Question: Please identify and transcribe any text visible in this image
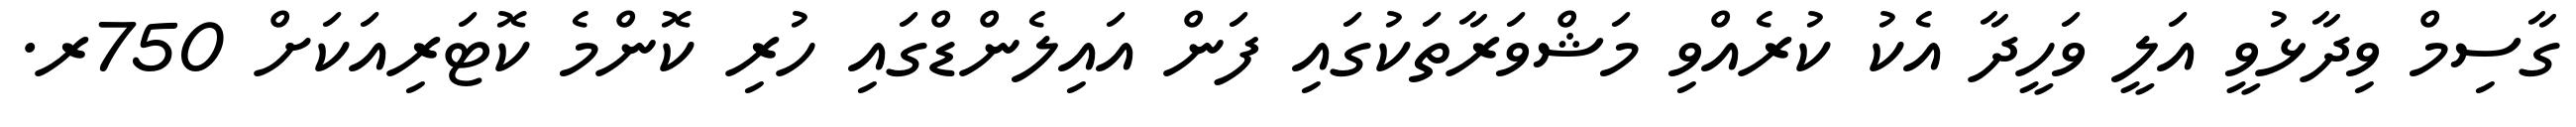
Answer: ގާސިމް ވިދާޅުވީ އަލީ ވަހީދާ އެކު ކުރެއްވި މަޝްވަރާތަކުގައި ފަން އައިލެންޑްގައި ހުރި ކޮންމެ ކޮޓަރިއަކަށް 750ރ.